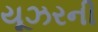
યૂઝરની